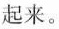
起来。